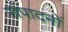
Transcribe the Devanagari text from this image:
संपादनों